画像に写った文字を読んでください
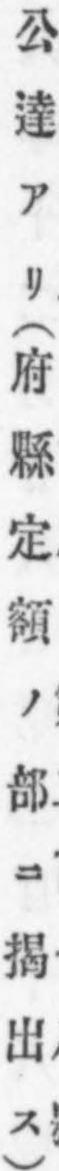
「公達アリ(府縣定額ノ部ニ揭出ス)」と書いてあります